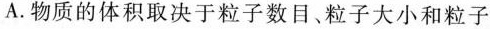
A.物质的体积取决于粒子数目、粒子大小和粒子